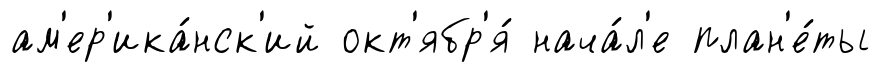
ам'ер'ика́нск'ий окт'ябр'я́ нача́л'е план'е́ты